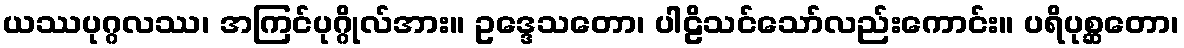
ယဿပုဂ္ဂလဿ၊ အကြင်ပုဂ္ဂိုလ်အား။ ဥဒ္ဒေသတော၊ ပါဠိသင်သော်လည်းကောင်း။ ပရိပုစ္ဆတော၊